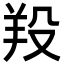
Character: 羖